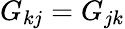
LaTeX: G_{kj}=G_{jk}